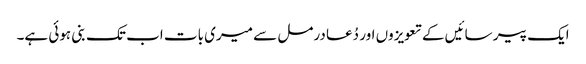
ایک پیر سائیں کے تعویزوں اور دُعا درمل سے میری بات اب تک بنی ہوئی ہے۔